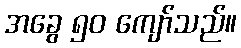
အခွေ ၅၀ ကျော်သည်။